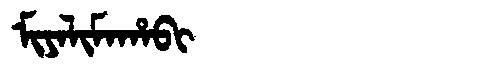
Manchu: ᠮᡳᠶᠠᠯᡳᠮᠠᡥᠠᠪᡳ
Romanization: MIYALIMAHABI